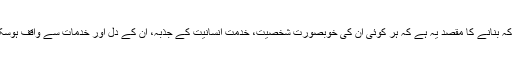
ان کا کہنا تھا کہ عبدالستار ایدھی کا خاکہ بنانے کا مقصد یہ ہے کہ ہر کوئی ان کی خوبصورت شخصیت، خدمت انسانیت کے جذبہ، ان کے دل اور خدمات سے واقف ہوسکے جو ہم سب کے لیے ایک مثال ہے ۔